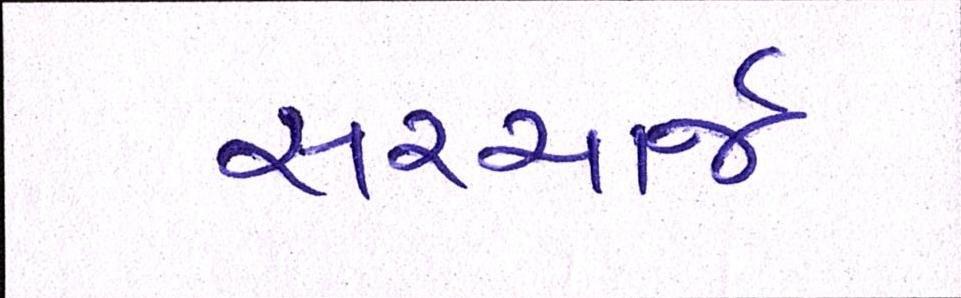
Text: સરચાર્જ